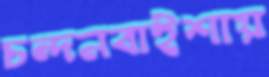
চন্দনবাইশায়